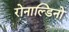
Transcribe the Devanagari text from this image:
रोनाल्डिनो